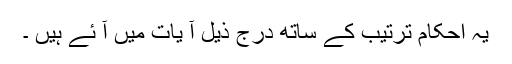
یہ احکام ترتیب کے ساتھ درج ذیل آ یات میں آ ئے ہیں ۔